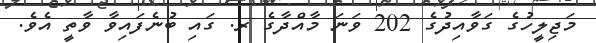
މަޖިލީހުގެ ގަވާއިދުގެ 202 ވަނަ މާއްދާގެ ރ. ގައި ބުނެފައިވާ ވާތީ އެވެ.